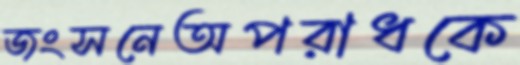
জংসনেঅপরাধকে